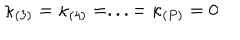
LaTeX: \kappa _ { ( 3 ) } = \kappa _ { ( 4 ) } = . . . = \kappa _ { ( P ) } = 0